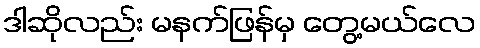
ဒါဆိုလည်း မနက်ဖြန်မှ တွေ့မယ်လေ